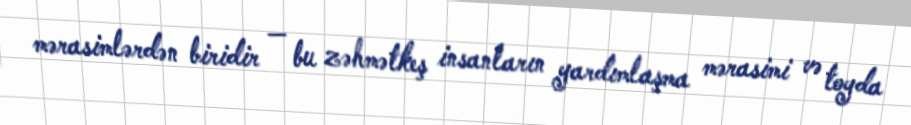
mərasimlərdən biridir — bu zəhmətkeş insanların yardımlaşma mərasimi və toyda